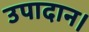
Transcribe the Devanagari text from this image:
उपादान।